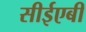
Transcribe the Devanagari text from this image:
सीईएबी